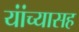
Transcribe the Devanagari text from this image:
यांंच्यासह